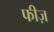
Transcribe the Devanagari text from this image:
फीज़